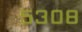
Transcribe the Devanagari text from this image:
५३०८